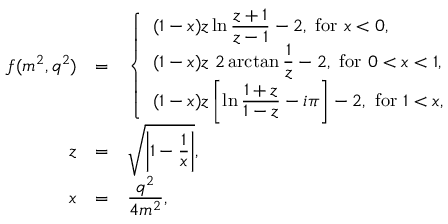
\begin{array} { r c l } { { f ( m ^ { 2 } , q ^ { 2 } ) } } & { { = } } & { { \displaystyle \left\{ \begin{array} { l } { { \displaystyle ( 1 - x ) z \ln \frac { z + 1 } { z - 1 } - 2 , \mathrm { ~ f o r ~ } x < 0 , } } \\ { { \displaystyle ( 1 - x ) z ~ 2 \arctan \frac { 1 } { z } - 2 , \mathrm { ~ f o r ~ } 0 < x < 1 , } } \\ { { \displaystyle ( 1 - x ) z \left[ \ln \frac { 1 + z } { 1 - z } - i \pi \right] - 2 , \mathrm { ~ f o r ~ } 1 < x , } } \end{array} \right. } } \\ { { z } } & { { = } } & { { \displaystyle \sqrt { \left| 1 - \frac { 1 } { x } \right| } , } } \\ { { x } } & { { = } } & { { \displaystyle \frac { q ^ { 2 } } { 4 m ^ { 2 } } , } } \end{array}